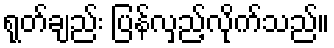
ရုတ်ချည်း ပြန်လှည့်လိုက်သည်။